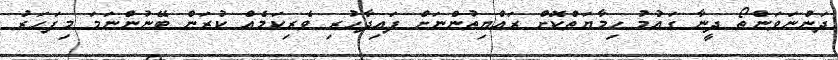
ދަންނަވަންތޯ ދީނާ ގައުމު ހިމާޔަތްކޮށް ރައްޔިތުންނަށް ފައިދާހުރި ވެރިކަމެއް ކުރަން ބޭނުންނަމަ މިފަހަރު